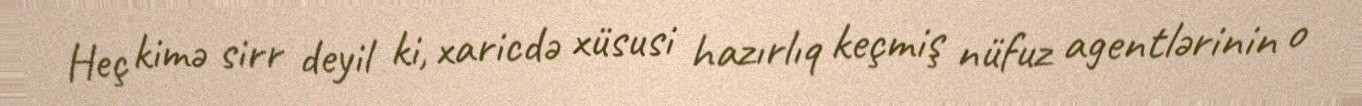
Heç kimə sirr deyil ki, xaricdə xüsusi hazırlıq keçmiş nüfuz agentlərinin o